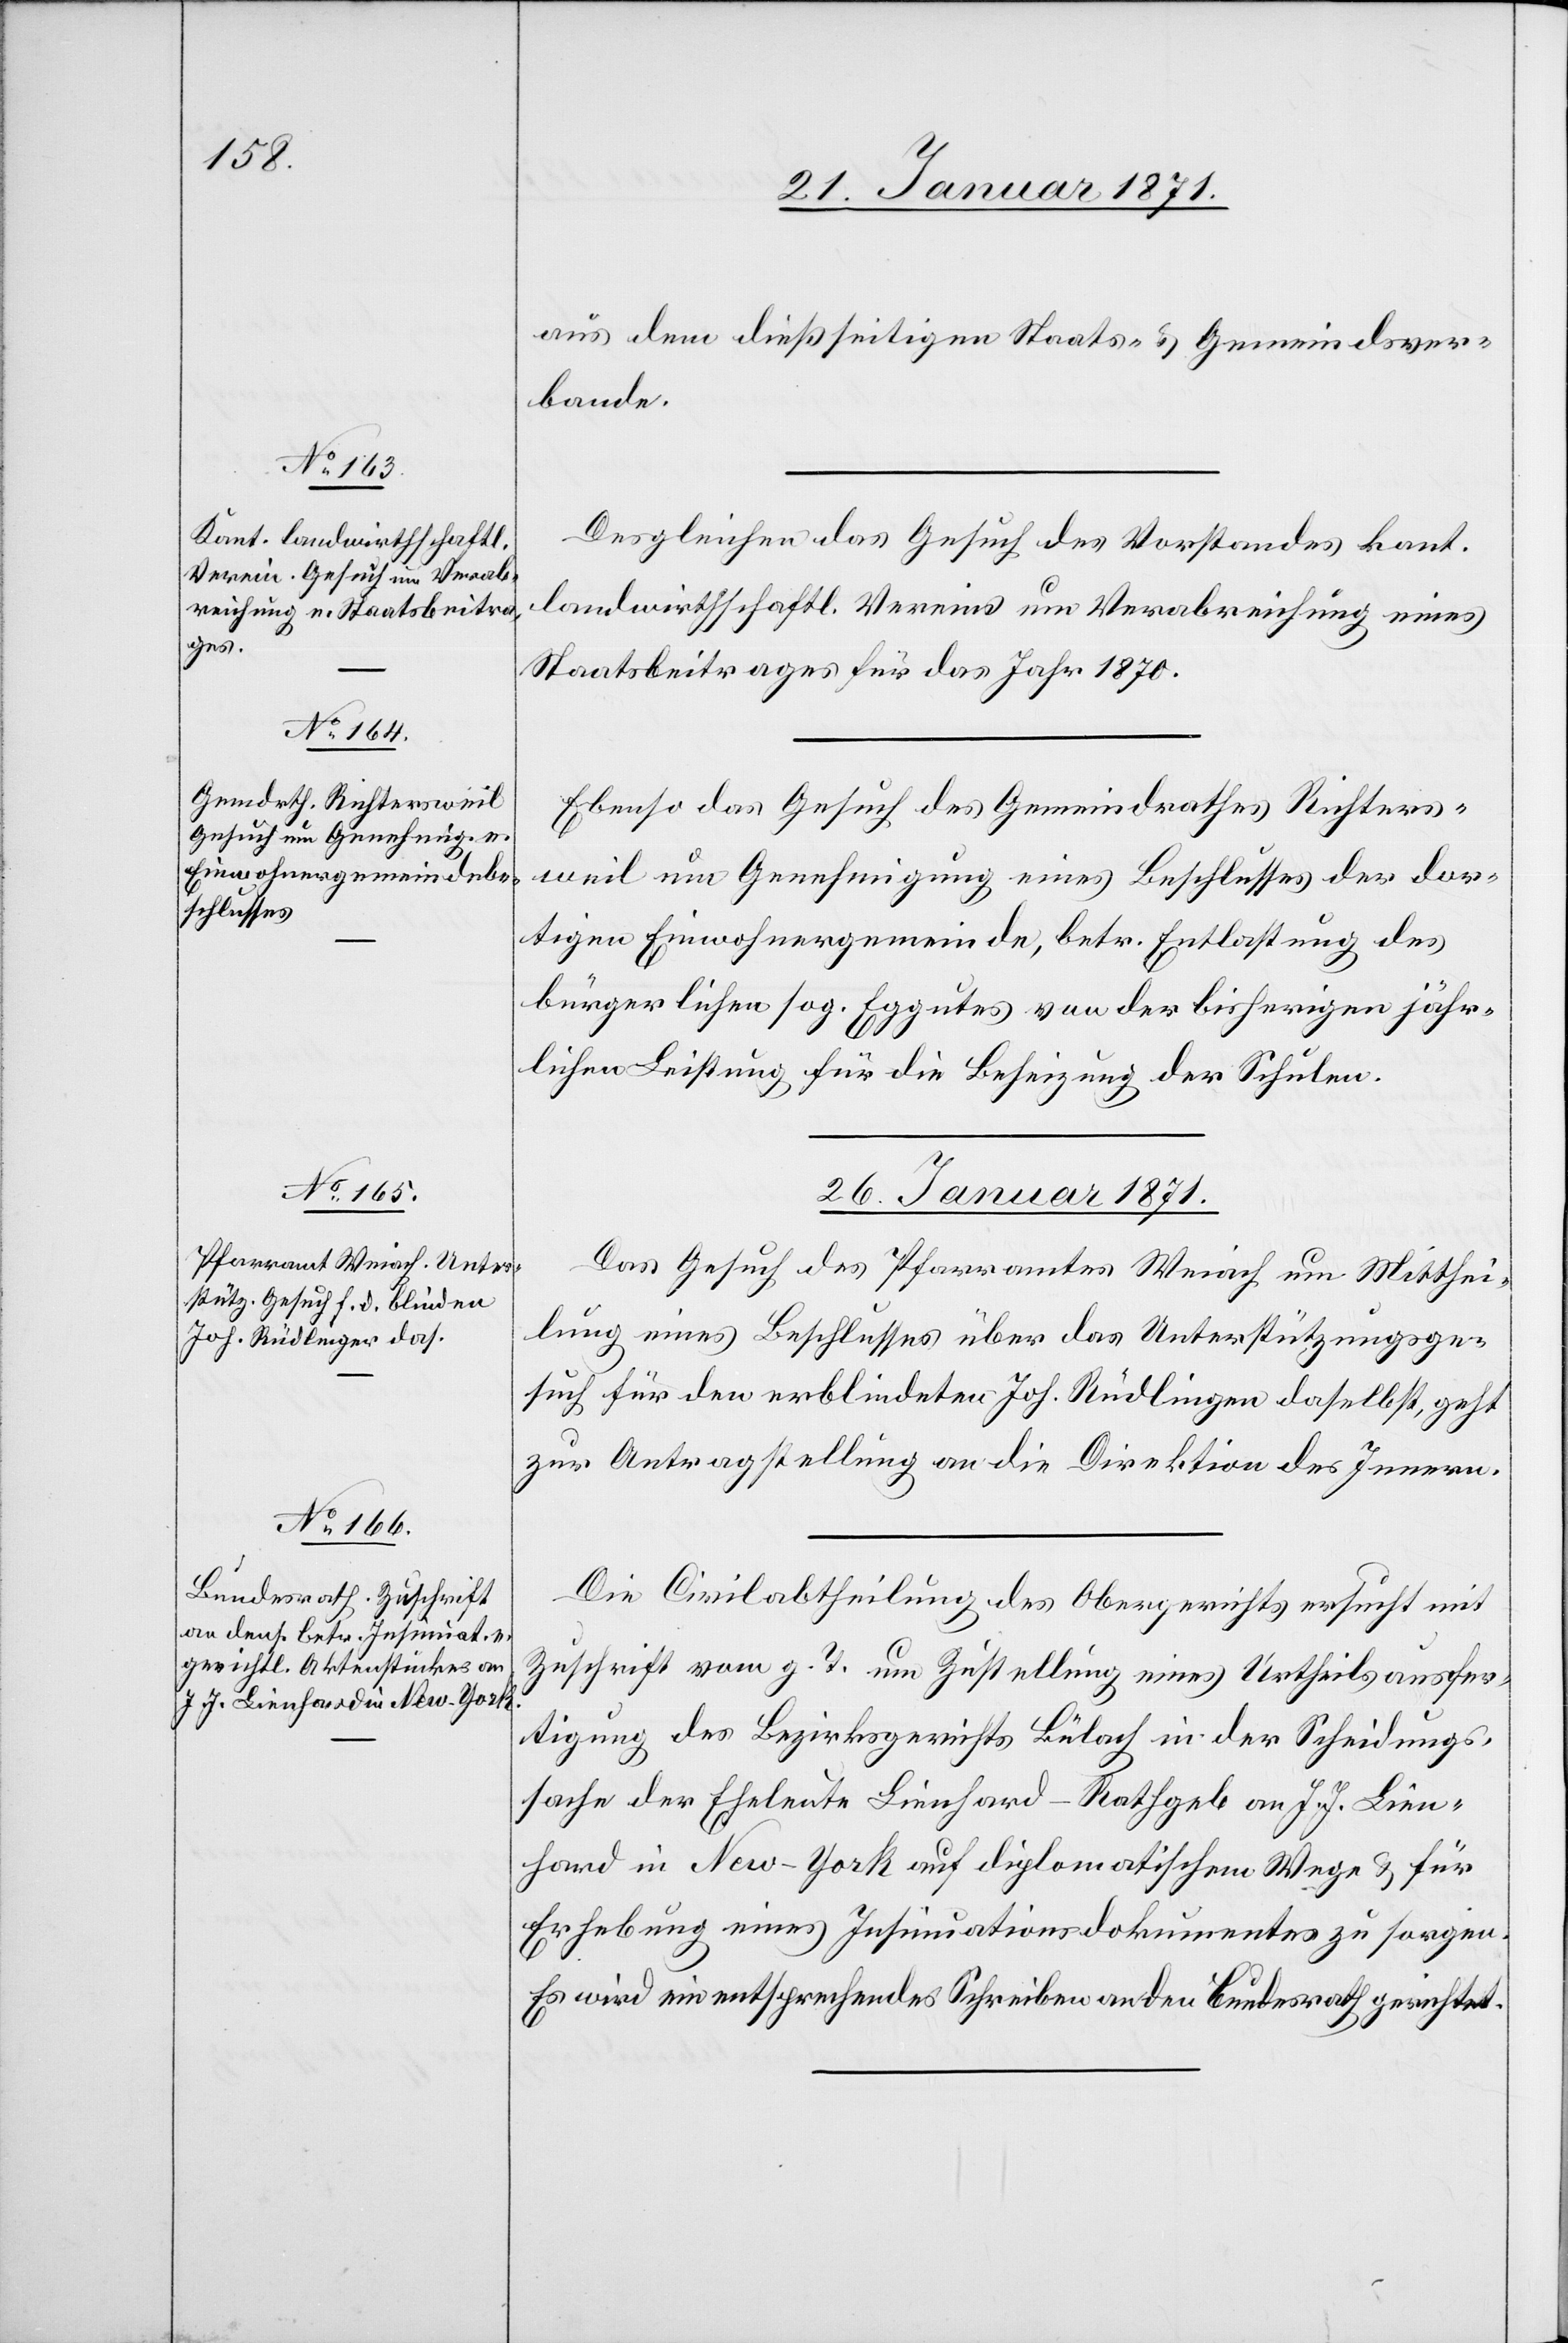
aus dem dießseitigen Staats- u. Gemeindsver¬
bande.
Desgleichen das Gesuch des Vorstandes kant.
landwirthschaftl. Vereins um Verabreichung eines
Staatsbeitrages für das Jahr 1870.
Ebenso das Gesuch des Gemeindrathes Richters¬
weil um Genehmigung eines Beschlusses der dor¬
tigen Einwohnergemeinde, betr. Entlastung des
bürgerlichen sog. Eggutes von der bisherigen jähr¬
lichen Leistung für die Beheizung der Schulen.
26. Januar 1871.]
Das Gesuch des Pfarramtes Weiach um Mitthei¬
lung eines Beschlusses über das Unterstützungsge¬
such für den erblindeten Joh. Rüdlingen [sic!] daselbst, geht
zur Antragstellung an die Direktion der Innern.
Die Civilabtheilung des Obergerichts ersucht mit
Zuschrift vom g. T. um Zustellung eines Urtheilsausfer¬
tigung [sic!] des Bezirksgerichts Bülach in der Scheidungs¬
sache der Eheleute Lienhard-Rathgeb an J. J. Lien¬
hard in New-York auf diplomatischem Wege u. für
Erhebung eines Insinuationsdokumentes zu sorgen.
Es wird ein entsprechendes Schreiben an den Bundesrath gerichtet.